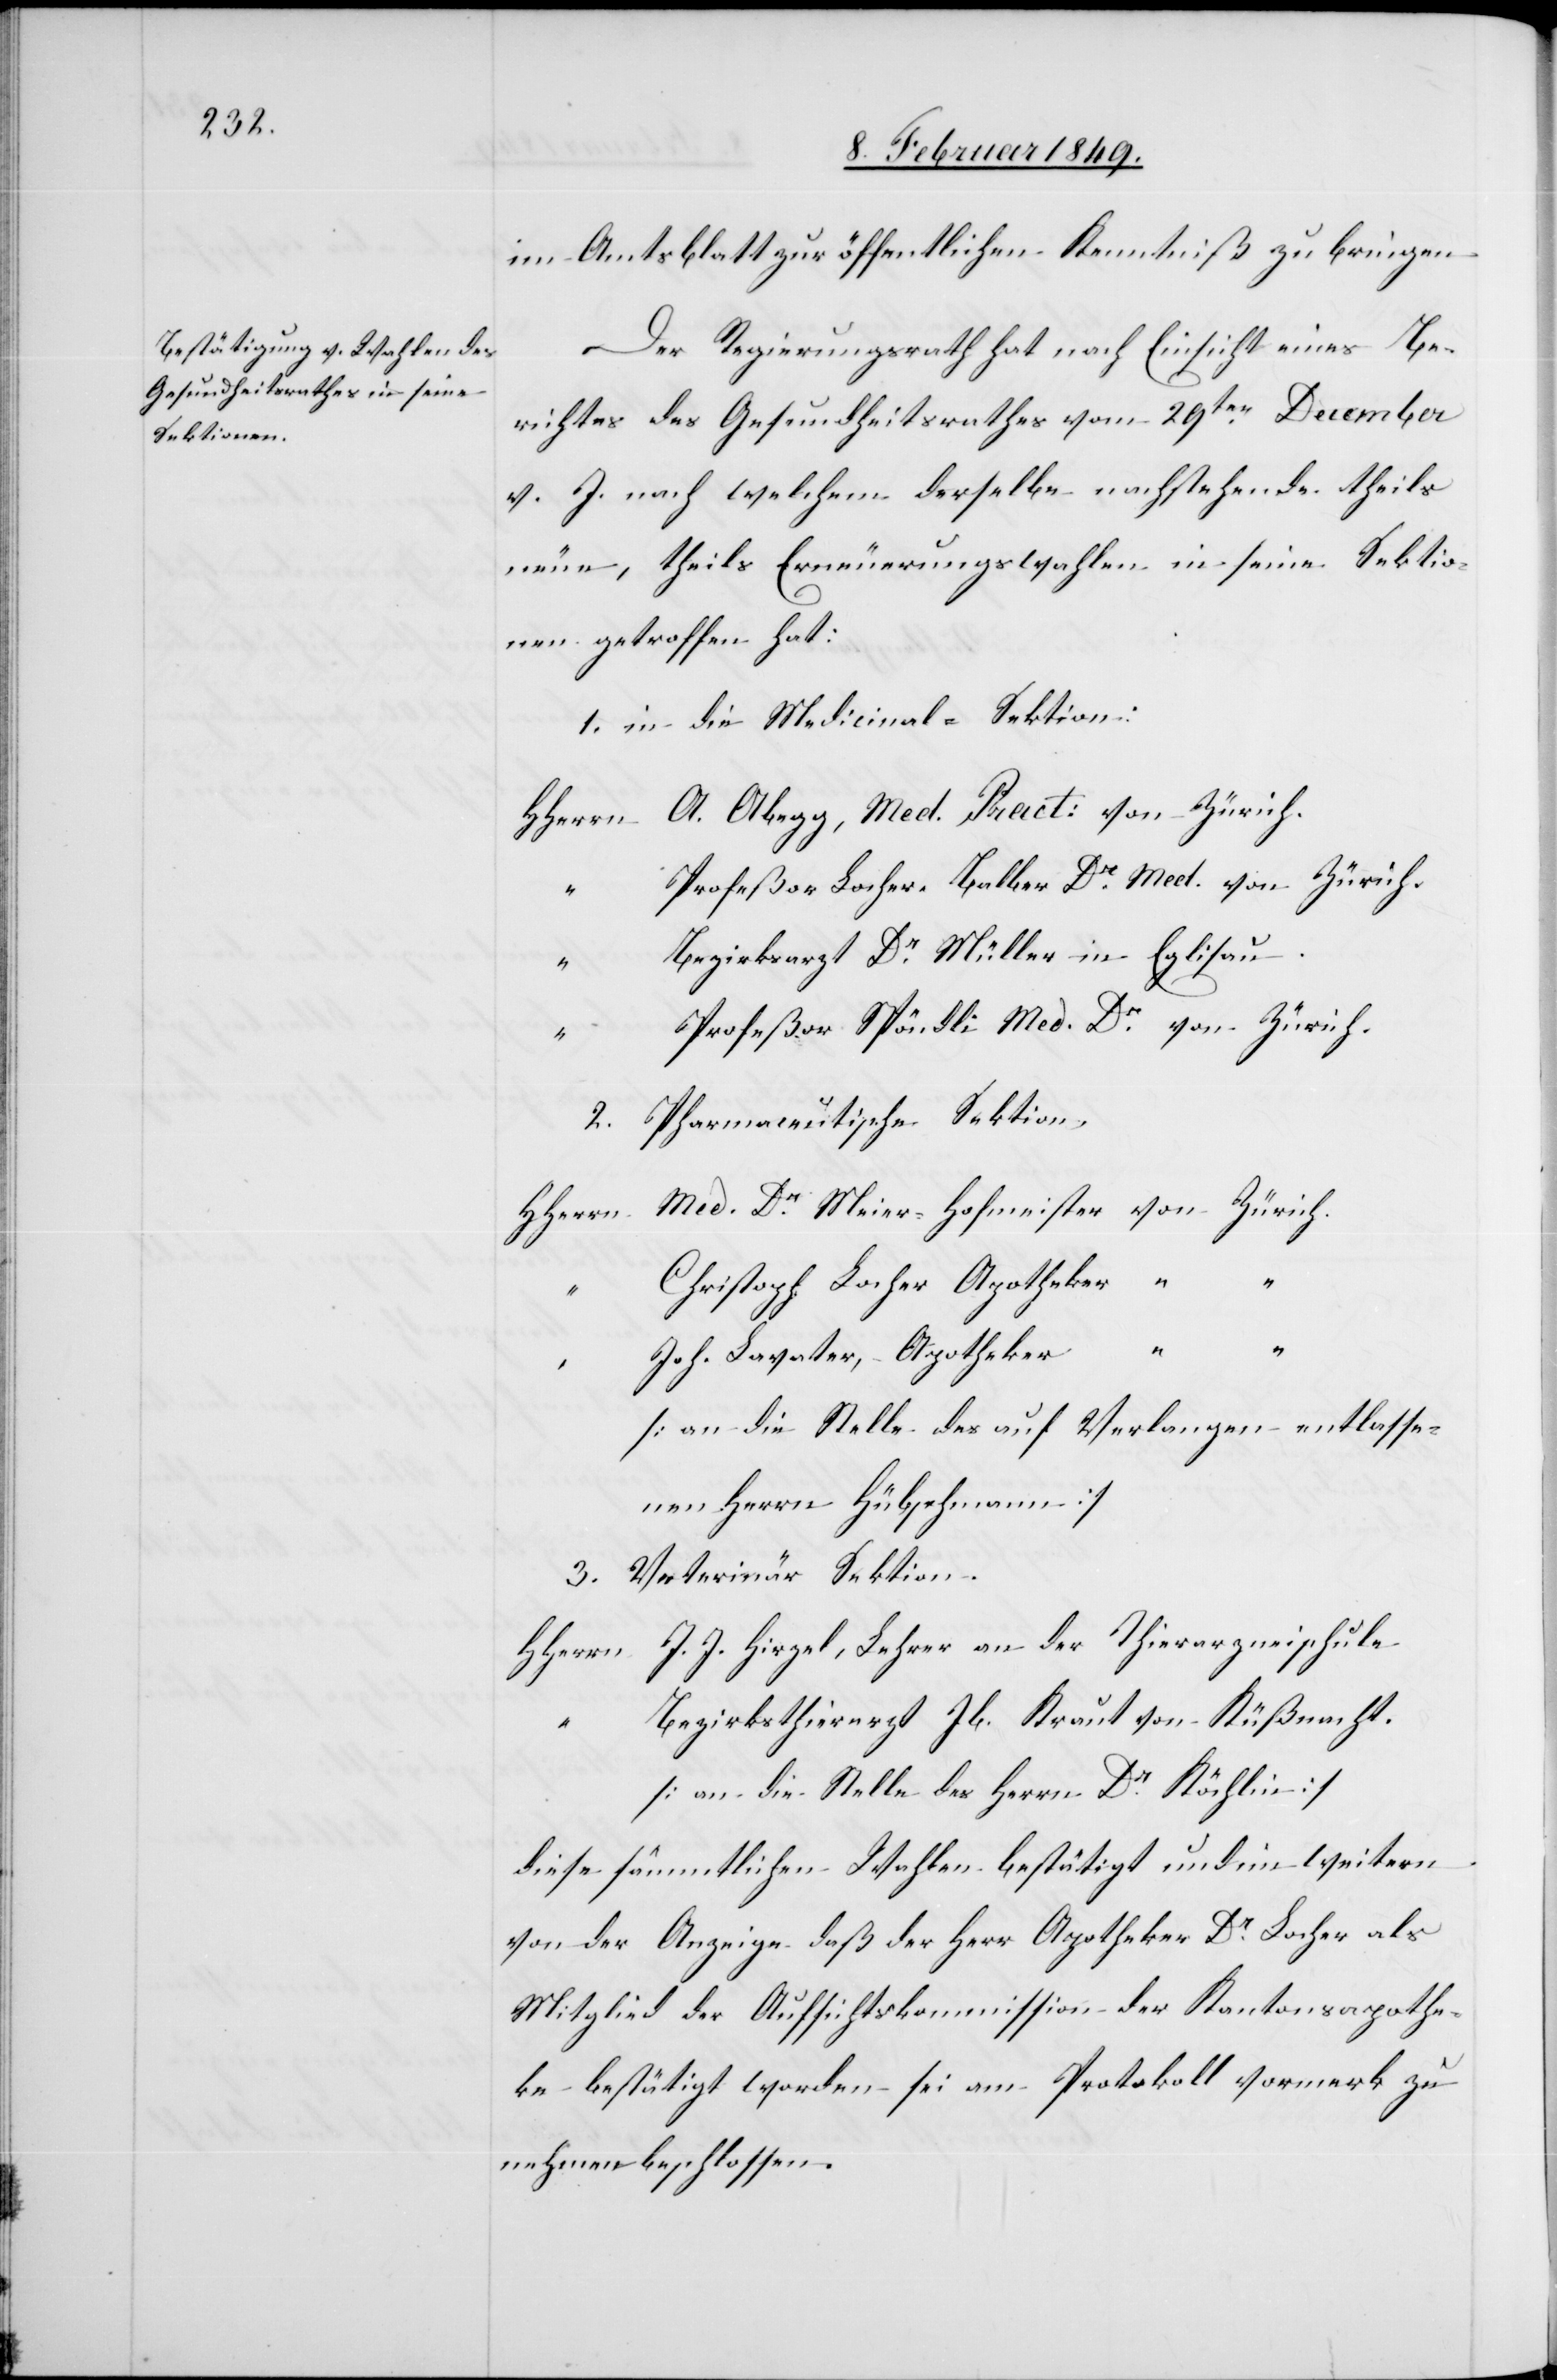
im Amtsblatt zur öffentlichen Kenntniß zu bringen.
Der Regierungsrath hat nach Einsicht eines Be¬
richtes des Gesundheitsrathes vom 29ten. December
v. J. nach welchem derselbe nachstehende theils
neue, theils Erneuerungswahlen in seine Sektio¬
nen getroffen hat:
1. in die Medicinal-Sektion:
HHerrn	A. Abegg, Med. Pract: von Zürich.
“	Profeßor Locher-Balber Dr. Med. von Zürich.
“	Bezirksarzt Dr. Müller in Eglisau.
“	Profeßor Spöndli Med. Dr. von Zürich.
Pharmaceutische Sektion,
2.
n	Med. Dr. Meier-Hofmeister von Zürich.
HHerr¬
“	Christoph Locher Apotheker “ “
“	Joh. Lavater, Apotheker
[an die Stelle des auf Verlangen entlasse¬
nen Herrn Hübschmann]
3. Veterinär-Sektion.
HHerrn	J. J. Hirzel, Lehrer an der Thierarzneischule
“	Bezirksthierarzt Jb. Kraut von Küßnacht.
[an die Stelle des Herrn Dr. Köchlin]
diese sämmtlichen Wahlen bestätigt und im weitern
von der Anzeige daß der Herr Apotheker Dr. Locher als
Mitglied der Aufsichtskommission der Kantonsapothe¬
ke bestätigt worden sei am Protokoll vormerk zu
nehmen beschlossen.